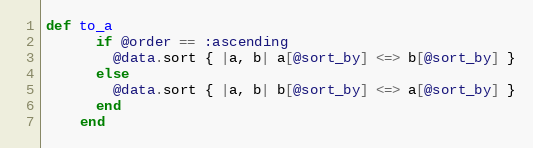
Language: Ruby
def to_a
      if @order == :ascending
        @data.sort { |a, b| a[@sort_by] <=> b[@sort_by] }
      else
        @data.sort { |a, b| b[@sort_by] <=> a[@sort_by] }
      end
    end